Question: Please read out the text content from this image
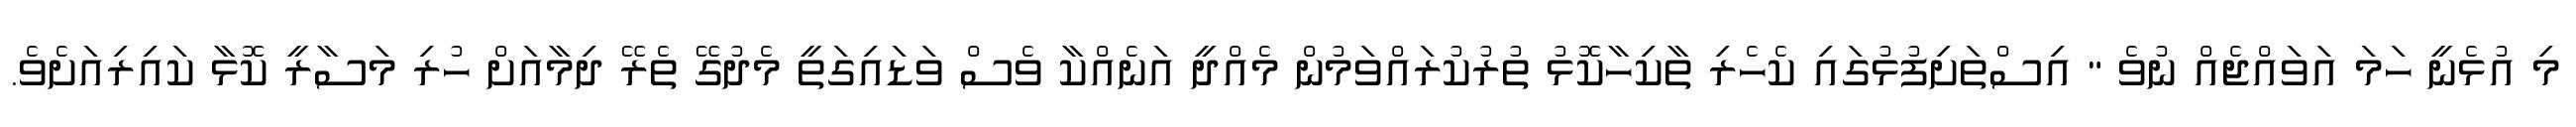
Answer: މި އުޅެނީ ހަމަ އަވައްޖެއް ނުވެ " އިސްތަށިފުޅުގައި ކެހެރި ތާކިހާކޮޅު ތުރުކުރައްވަމުން މެއްދީ އަނެއްކާ ވެސް ވަޑައިގަތީ މެދުގޭ ތެރޭ ދިމާއަށް ހުރި މަސާރީ ކޮޅާ ކައިރިއަށެވެ.